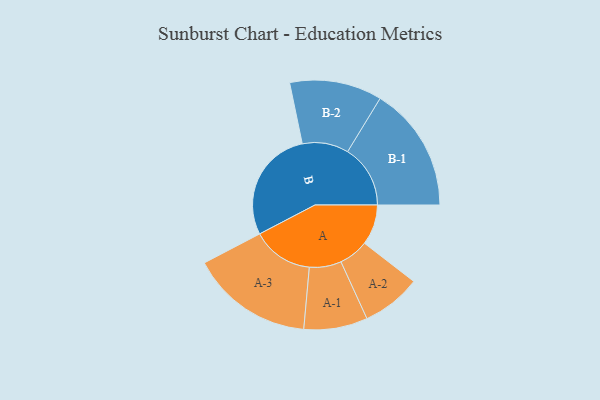
{"axis": {"x": "Segment", "y": "Value"}, "legend": ["", "A", "B"], "data": [{"x": "A", "y": 166, "type": ""}, {"x": "B", "y": 466, "type": ""}, {"x": "A-1", "y": 131, "type": "A"}, {"x": "A-2", "y": 122, "type": "A"}, {"x": "A-3", "y": 252, "type": "A"}, {"x": "B-1", "y": 258, "type": "B"}, {"x": "B-2", "y": 190, "type": "B"}]}